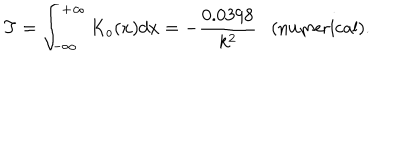
LaTeX: T = \int _ { - \infty } ^ { + \infty } K _ { o } ( x ) d x = - \frac { 0 . 0 3 9 8 } { k ^ { 2 } } \ \ \ \mathrm { ( n u m e r i c a l ) } .